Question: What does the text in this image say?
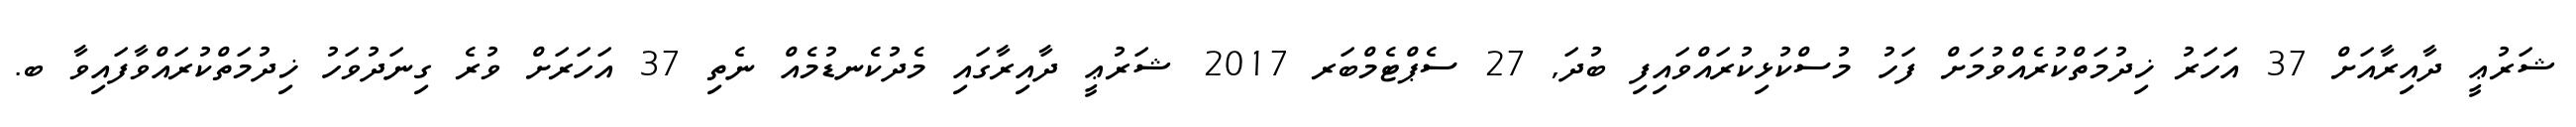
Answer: ޝަރުޢީ ދާއިރާއަށް 37 އަހަރު ޚިދުމަތްކުރެއްވުމަށް ފަހު މުސްކުޅިކުރައްވައިފި ބުދަ, 27 ސެޕްޓެމްބަރ 2017 ޝަރުޢީ ދާއިރާގައި މެދުކެނޑުމެއް ނެތި 37 އަހަރަށް ވުރެ ގިނަދުވަހު ޚިދުމަތްކުރައްވާފައިވާ ބ.